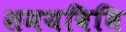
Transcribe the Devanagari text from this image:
समयविधि